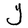
Character: Y